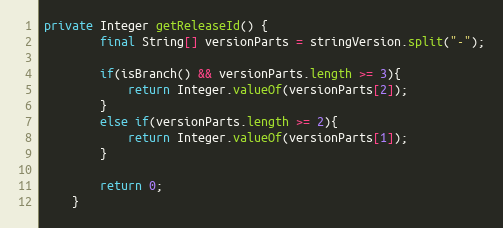
Language: Java
private Integer getReleaseId() {
		final String[] versionParts = stringVersion.split("-");

		if(isBranch() && versionParts.length >= 3){
			return Integer.valueOf(versionParts[2]);
		}
		else if(versionParts.length >= 2){
			return Integer.valueOf(versionParts[1]);
		}

		return 0;
	}